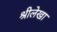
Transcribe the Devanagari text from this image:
श्रीलेखा